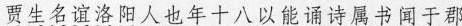
贾生名谊洛阳人也年十八以能诵诗属书闻于郡